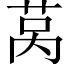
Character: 莴